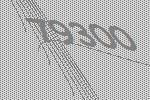
79300